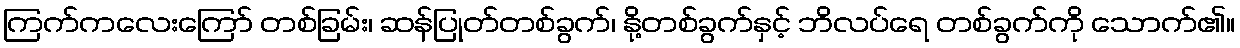
ကြက်ကလေးကြော် တစ်ခြမ်း၊ ဆန်ပြုတ်တစ်ခွက်၊ နို့တစ်ခွက်နှင့် ဘိလပ်ရေ တစ်ခွက်ကို သောက်၏။